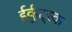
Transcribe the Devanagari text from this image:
ईर्कुट्स्क